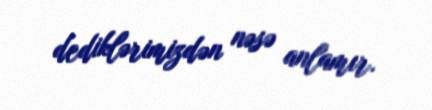
dediklərimizdən nəsə anlamır.